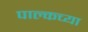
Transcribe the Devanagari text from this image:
पाल्कच्या